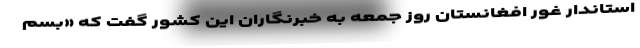
استاندار غور افغانستان روز جمعه به خبرنگاران این کشور گفت که «بسم